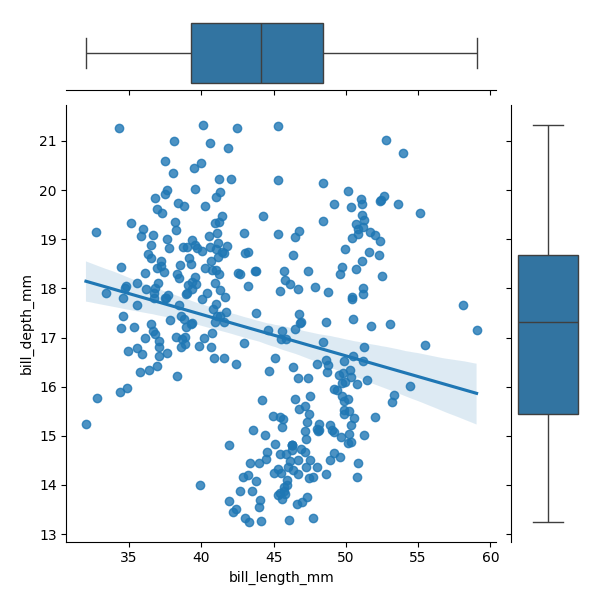
python, seaborn, JointGrid, regplot, boxplot